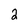
Character: 2